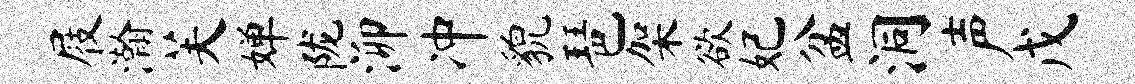
屐瀚芙婵陇泖冲貌琶架欲妃盆洞声戊